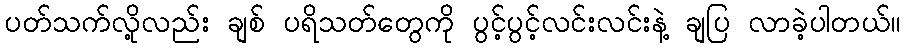
ပတ်သက်လို့လည်း ချစ် ပရိသတ်တွေကို ပွင့်ပွင့်လင်းလင်းနဲ့ ချပြ လာခဲ့ပါတယ်။